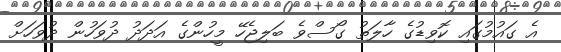
އެ ގައުމުގައި ކޮވިޑުގެ ހާލަތު ގޯސްވެ ބަލިޖެހޭ މީހުންގެ އަދަދު ދުވަހުން ދުވަހަށް